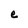
Character: e